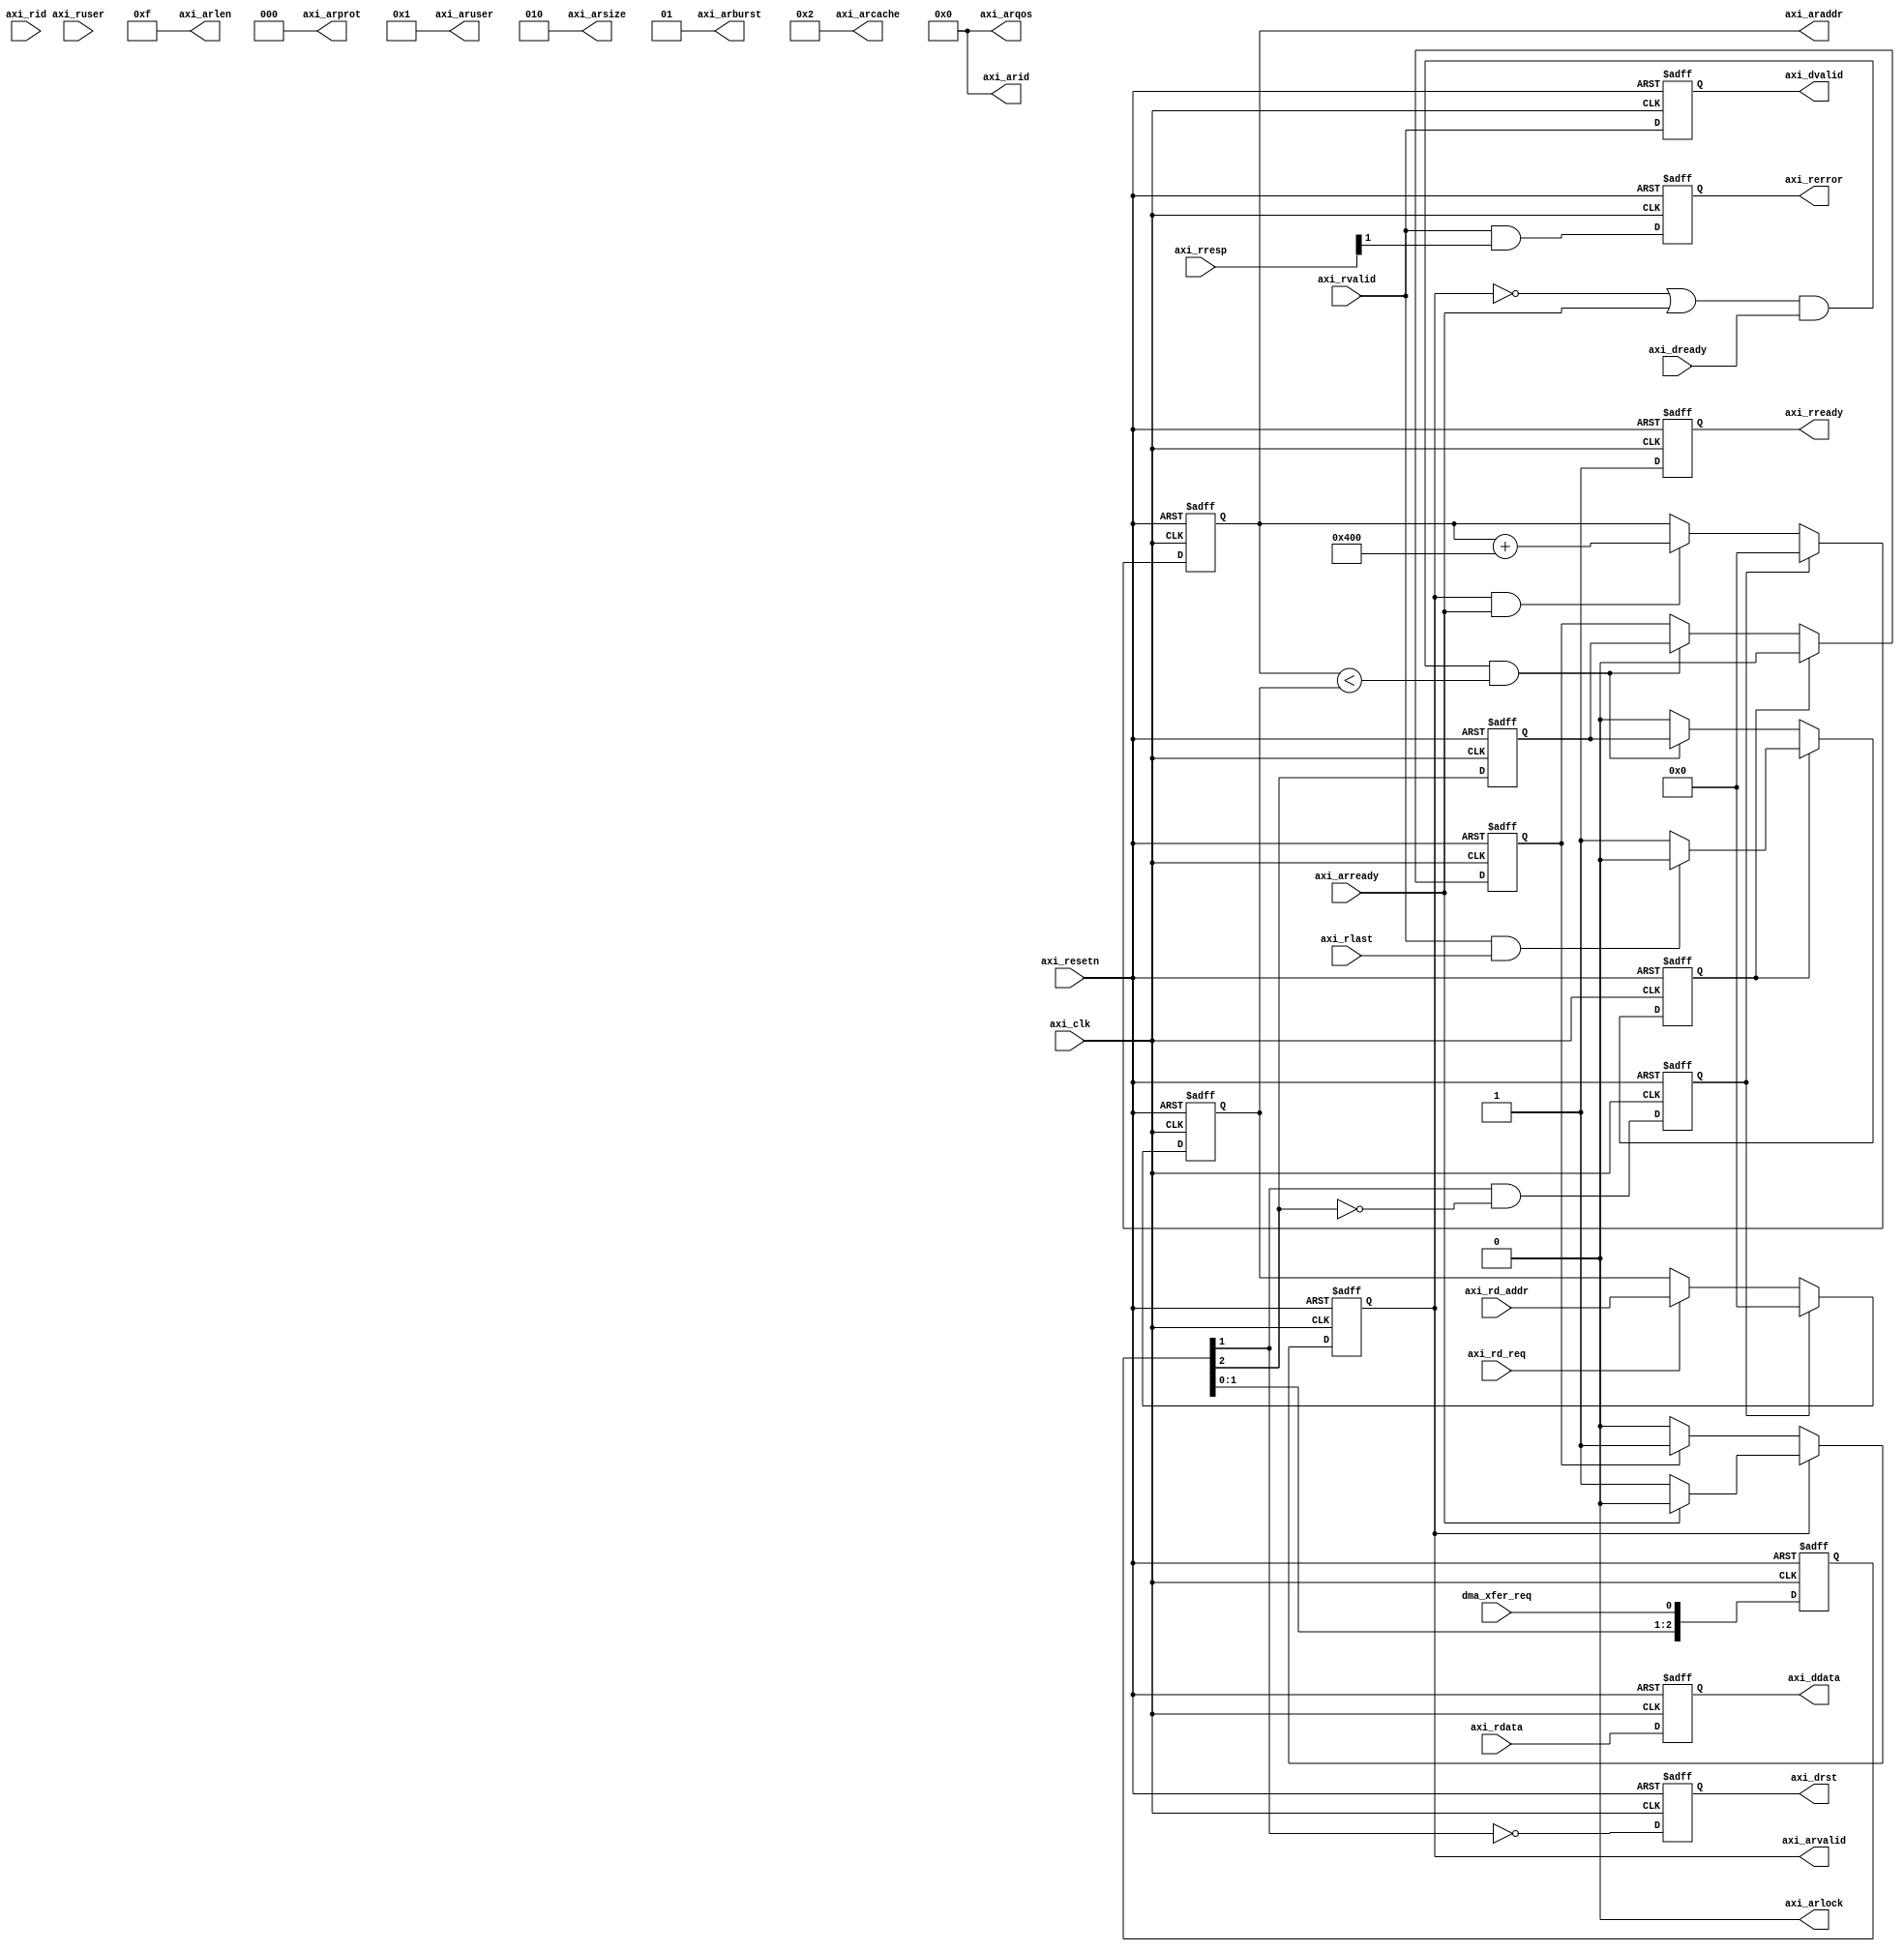
// ***************************************************************************
// ***************************************************************************
// Copyright 2011(c) Analog Devices, Inc.
// 
// All rights reserved.
// 
// Redistribution and use in source and binary forms, with or without modification,
// are permitted provided that the following conditions are met:
//     - Redistributions of source code must retain the above copyright
//       notice, this list of conditions and the following disclaimer.
//     - Redistributions in binary form must reproduce the above copyright
//       notice, this list of conditions and the following disclaimer in
//       the documentation and/or other materials provided with the
//       distribution.
//     - Neither the name of Analog Devices, Inc. nor the names of its
//       contributors may be used to endorse or promote products derived
//       from this software without specific prior written permission.
//     - The use of this software may or may not infringe the patent rights
//       of one or more patent holders.  This license does not release you
//       from the requirement that you obtain separate licenses from these
//       patent holders to use this software.
//     - Use of the software either in source or binary form, must be run
//       on or directly connected to an Analog Devices Inc. component.
//    
// THIS SOFTWARE IS PROVIDED BY ANALOG DEVICES "AS IS" AND ANY EXPRESS OR IMPLIED WARRANTIES,
// INCLUDING, BUT NOT LIMITED TO, NON-INFRINGEMENT, MERCHANTABILITY AND FITNESS FOR A
// PARTICULAR PURPOSE ARE DISCLAIMED.
//
// IN NO EVENT SHALL ANALOG DEVICES BE LIABLE FOR ANY DIRECT, INDIRECT, INCIDENTAL, SPECIAL,
// EXEMPLARY, OR CONSEQUENTIAL DAMAGES (INCLUDING, BUT NOT LIMITED TO, INTELLECTUAL PROPERTY
// RIGHTS, PROCUREMENT OF SUBSTITUTE GOODS OR SERVICES; LOSS OF USE, DATA, OR PROFITS; OR 
// BUSINESS INTERRUPTION) HOWEVER CAUSED AND ON ANY THEORY OF LIABILITY, WHETHER IN CONTRACT,
// STRICT LIABILITY, OR TORT (INCLUDING NEGLIGENCE OR OTHERWISE) ARISING IN ANY WAY OUT OF 
// THE USE OF THIS SOFTWARE, EVEN IF ADVISED OF THE POSSIBILITY OF SUCH DAMAGE.
// ***************************************************************************
// ***************************************************************************
// ***************************************************************************
// ***************************************************************************

`timescale 1ns/100ps

module axi_fifo2s_rd (

  // request and synchronization

  dma_xfer_req,

  // read interface

  axi_rd_req,
  axi_rd_addr,

  // axi interface

  axi_clk,
  axi_resetn,
  axi_arvalid,
  axi_arid,
  axi_arburst,
  axi_arlock,
  axi_arcache,
  axi_arprot,
  axi_arqos,
  axi_aruser,
  axi_arlen,
  axi_arsize,
  axi_araddr,
  axi_arready,
  axi_rvalid,
  axi_rid,
  axi_ruser,
  axi_rresp,
  axi_rlast,
  axi_rdata,
  axi_rready,

  // axi status

  axi_rerror,

  // fifo interface

  axi_drst,
  axi_dvalid,
  axi_ddata,
  axi_dready);

  // parameters

  parameter   AXI_DATA_WIDTH = 512;
  parameter   AXI_SIZE = 2;
  parameter   AXI_LENGTH = 16;
  parameter   AXI_ADDRESS = 32'h00000000;
  parameter   AXI_ADDRLIMIT = 32'h00000000;
  localparam  AXI_BYTE_WIDTH = AXI_DATA_WIDTH/8;
  localparam  AXI_AWINCR = AXI_LENGTH * AXI_BYTE_WIDTH;
  localparam  BUF_THRESHOLD_LO = 6'd3;
  localparam  BUF_THRESHOLD_HI = 6'd60;

  // request and synchronization

  input                           dma_xfer_req;

  // read interface

  input                           axi_rd_req;
  input   [ 31:0]                 axi_rd_addr;

  // axi interface

  input                           axi_clk;
  input                           axi_resetn;
  output                          axi_arvalid;
  output  [  3:0]                 axi_arid;
  output  [  1:0]                 axi_arburst;
  output                          axi_arlock;
  output  [  3:0]                 axi_arcache;
  output  [  2:0]                 axi_arprot;
  output  [  3:0]                 axi_arqos;
  output  [  3:0]                 axi_aruser;
  output  [  7:0]                 axi_arlen;
  output  [  2:0]                 axi_arsize;
  output  [ 31:0]                 axi_araddr;
  input                           axi_arready;
  input                           axi_rvalid;
  input   [  3:0]                 axi_rid;
  input   [  3:0]                 axi_ruser;
  input   [  1:0]                 axi_rresp;
  input                           axi_rlast;
  input   [AXI_DATA_WIDTH-1:0]    axi_rdata;
  output                          axi_rready;

  // axi status

  output                          axi_rerror;

  // fifo interface

  output                          axi_drst;
  output                          axi_dvalid;
  output  [AXI_DATA_WIDTH-1:0]    axi_ddata;
  input                           axi_dready;

  // internal registers

  reg     [ 31:0]                 axi_rd_addr_h = 'd0;
  reg                             axi_rd = 'd0;
  reg                             axi_rd_active = 'd0;
  reg     [  2:0]                 axi_xfer_req_m = 'd0;
  reg                             axi_xfer_init = 'd0;
  reg                             axi_xfer_enable = 'd0;
  reg                             axi_arvalid = 'd0;
  reg     [ 31:0]                 axi_araddr = 'd0;
  reg                             axi_drst = 'd0;
  reg                             axi_dvalid = 'd0;
  reg     [AXI_DATA_WIDTH-1:0]    axi_ddata = 'd0;
  reg                             axi_rready = 'd0;
  reg                             axi_rerror = 'd0;

  // internal signals

  wire                            axi_ready_s;

  // read is way too slow- buffer mode 

  assign axi_ready_s = (~axi_arvalid | axi_arready) & axi_dready;

  always @(posedge axi_clk or negedge axi_resetn) begin
    if (axi_resetn == 1'b0) begin
      axi_rd_addr_h <= 'd0;
      axi_rd <= 'd0;
      axi_rd_active <= 'd0;
      axi_xfer_req_m <= 'd0;
      axi_xfer_init <= 'd0;
      axi_xfer_enable <= 'd0;
    end else begin
      if (axi_xfer_init == 1'b1) begin
        axi_rd_addr_h <= AXI_ADDRESS;
      end else if (axi_rd_req == 1'b1) begin
        axi_rd_addr_h <= axi_rd_addr;
      end
      if (axi_rd_active == 1'b1) begin
        axi_rd <= 1'b0;
        if ((axi_rvalid == 1'b1) && (axi_rlast == 1'b1)) begin
          axi_rd_active <= 1'b0;
        end
      end else if ((axi_ready_s == 1'b1) && (axi_araddr < axi_rd_addr_h)) begin
        axi_rd <= axi_xfer_enable;
        axi_rd_active <= axi_xfer_enable;
      end
      axi_xfer_req_m <= {axi_xfer_req_m[1:0], dma_xfer_req};
      axi_xfer_init <= axi_xfer_req_m[1] & ~axi_xfer_req_m[2];
      axi_xfer_enable <= axi_xfer_req_m[2];
    end
  end

  // address channel

  assign axi_arid  = 4'b0000;
  assign axi_arburst  = 2'b01;
  assign axi_arlock  = 1'b0;
  assign axi_arcache  = 4'b0010;
  assign axi_arprot  = 3'b000;
  assign axi_arqos  = 4'b0000;
  assign axi_aruser  = 4'b0001;
  assign axi_arlen  = AXI_LENGTH - 1;
  assign axi_arsize  = AXI_SIZE;

  always @(posedge axi_clk or negedge axi_resetn) begin
    if (axi_resetn == 1'b0) begin
      axi_arvalid <= 'd0;
      axi_araddr <= 'd0;
    end else begin
      if (axi_arvalid == 1'b1) begin
        if (axi_arready == 1'b1) begin
          axi_arvalid <= 1'b0;
        end
      end else begin
        if (axi_rd == 1'b1) begin
          axi_arvalid <= 1'b1;
        end
      end
      if (axi_xfer_init == 1'b1) begin
        axi_araddr <= AXI_ADDRESS;
      end else if ((axi_arvalid == 1'b1) && (axi_arready == 1'b1)) begin
        axi_araddr <= axi_araddr + AXI_AWINCR;
      end
    end
  end

  // read data channel

  always @(posedge axi_clk or negedge axi_resetn) begin
    if (axi_resetn == 1'b0) begin
      axi_drst <= 'd1;
      axi_dvalid <= 'd0;
      axi_ddata <= 'd0;
      axi_rready <= 'd0;
    end else begin
      axi_drst <= ~axi_xfer_req_m[1];
      axi_dvalid <= axi_rvalid;
      axi_ddata <= axi_rdata;
      axi_rready <= 1'b1;
    end
  end

  always @(posedge axi_clk or negedge axi_resetn) begin
    if (axi_resetn == 1'b0) begin
      axi_rerror <= 'd0;
    end else begin
      axi_rerror <= axi_rvalid & axi_rresp[1];
    end
  end

endmodule

// ***************************************************************************
// ***************************************************************************